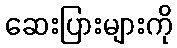
ဆေးပြားများကို